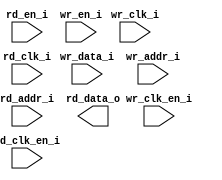
/*******************************************************************************
    Verilog netlist generated by IPGEN Radiant
    Soft IP Version: 1.0.0
    Tue Mar 20 14:52:37 2018
*******************************************************************************/
/*******************************************************************************
    Wrapper Module generated per user settings.
*******************************************************************************/
module dpram2048x16 (wr_clk_i, rd_clk_i, wr_clk_en_i, rd_en_i, rd_clk_en_i,
    wr_en_i, wr_data_i, wr_addr_i, rd_addr_i, rd_data_o)/* synthesis syn_black_box syn_declare_black_box=1 */;
    input  wr_clk_i;
    input  rd_clk_i;
    input  wr_clk_en_i;
    input  rd_en_i;
    input  rd_clk_en_i;
    input  wr_en_i;
    input  [15:0]  wr_data_i;
    input  [10:0]  wr_addr_i;
    input  [10:0]  rd_addr_i;
    output  [15:0]  rd_data_o;
endmodule